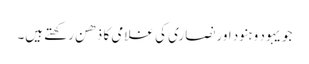
جو یہود و ہنود اور نصاری کی غلامی کا ذھن رکھتے ہیں۔